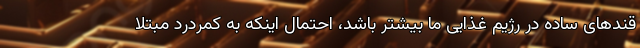
قندهای ساده در رژیم غذایی ما بیشتر باشد، احتمال اینکه به کمردرد مبتلا